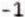
-1